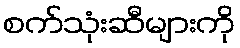
စက်သုံးဆီများကို